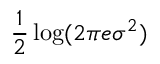
{ \frac { 1 } { 2 } } \log ( 2 \pi e \sigma ^ { 2 } )